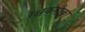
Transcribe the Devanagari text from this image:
रक्षकनौका